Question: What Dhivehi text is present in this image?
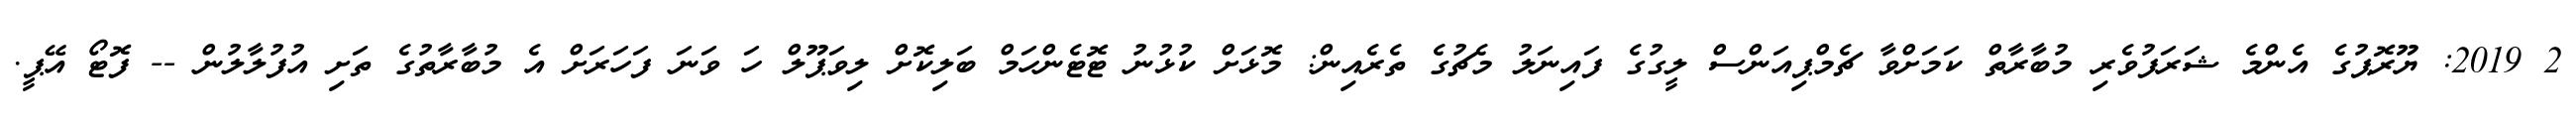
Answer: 2 2019: ޔޫރޮޕުގެ އެންމެ ޝަރަފުވެރި މުބާރާތް ކަމަށްވާ ޗެމްޕިއަންސް ލީގުގެ ފައިނަލު މެޗުގެ ތެރެއިން: މޮޅަށް ކުޅުނު ޓޮޓެންހަމް ބަލިކޮށް ލިވަޕޫލް ހަ ވަނަ ފަހަރަށް އެ މުބާރާތުގެ ތަށި އުފުލާލުން -- ފޮޓޯ އޭޕީ.